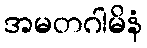
အမတဂါမိနံ